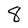
Character: 8